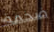
ضخمة